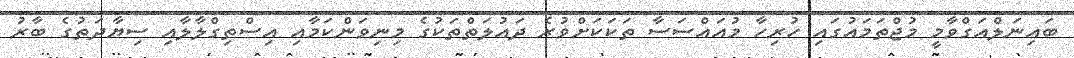
ބައިނަލްއަގްވާމީ މުޖްތަމައުގައި ހުރިހާ މުއައްސަސާ ތަކަކަށްވުރެ ދައުލަތްތަކުގެ މިނިވަންކަމާއި އިސްތިގްލާލާއި ސިޔާދަތުގެ ބާރު